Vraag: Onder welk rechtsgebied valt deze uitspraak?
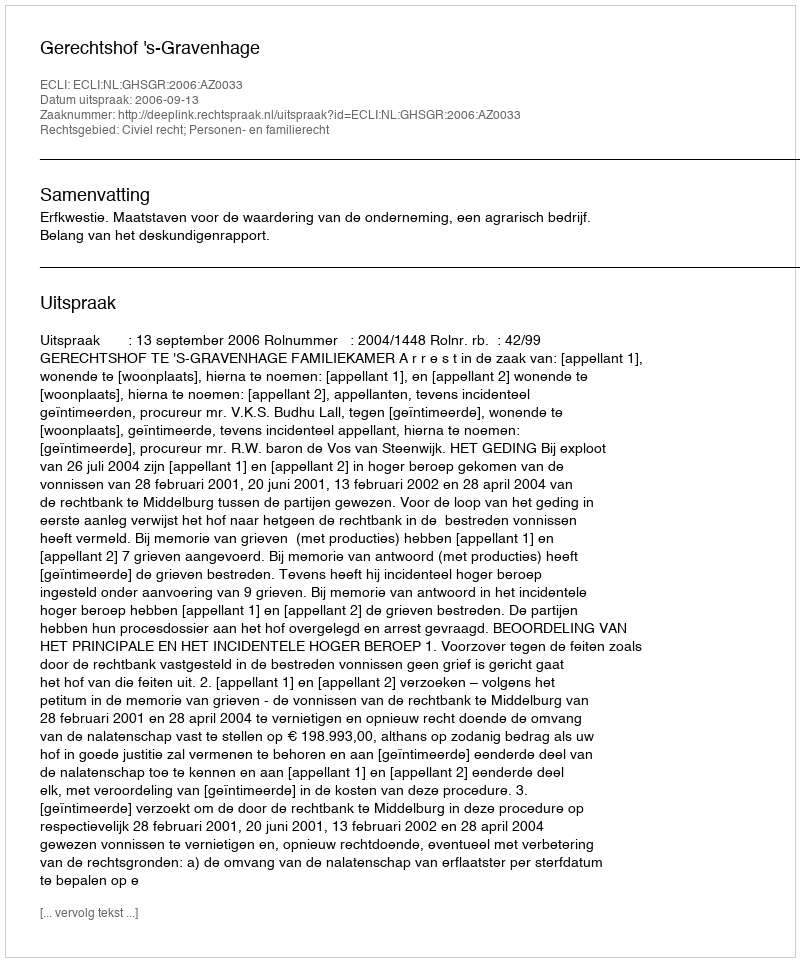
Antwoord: Civiel recht; Personen- en familierecht